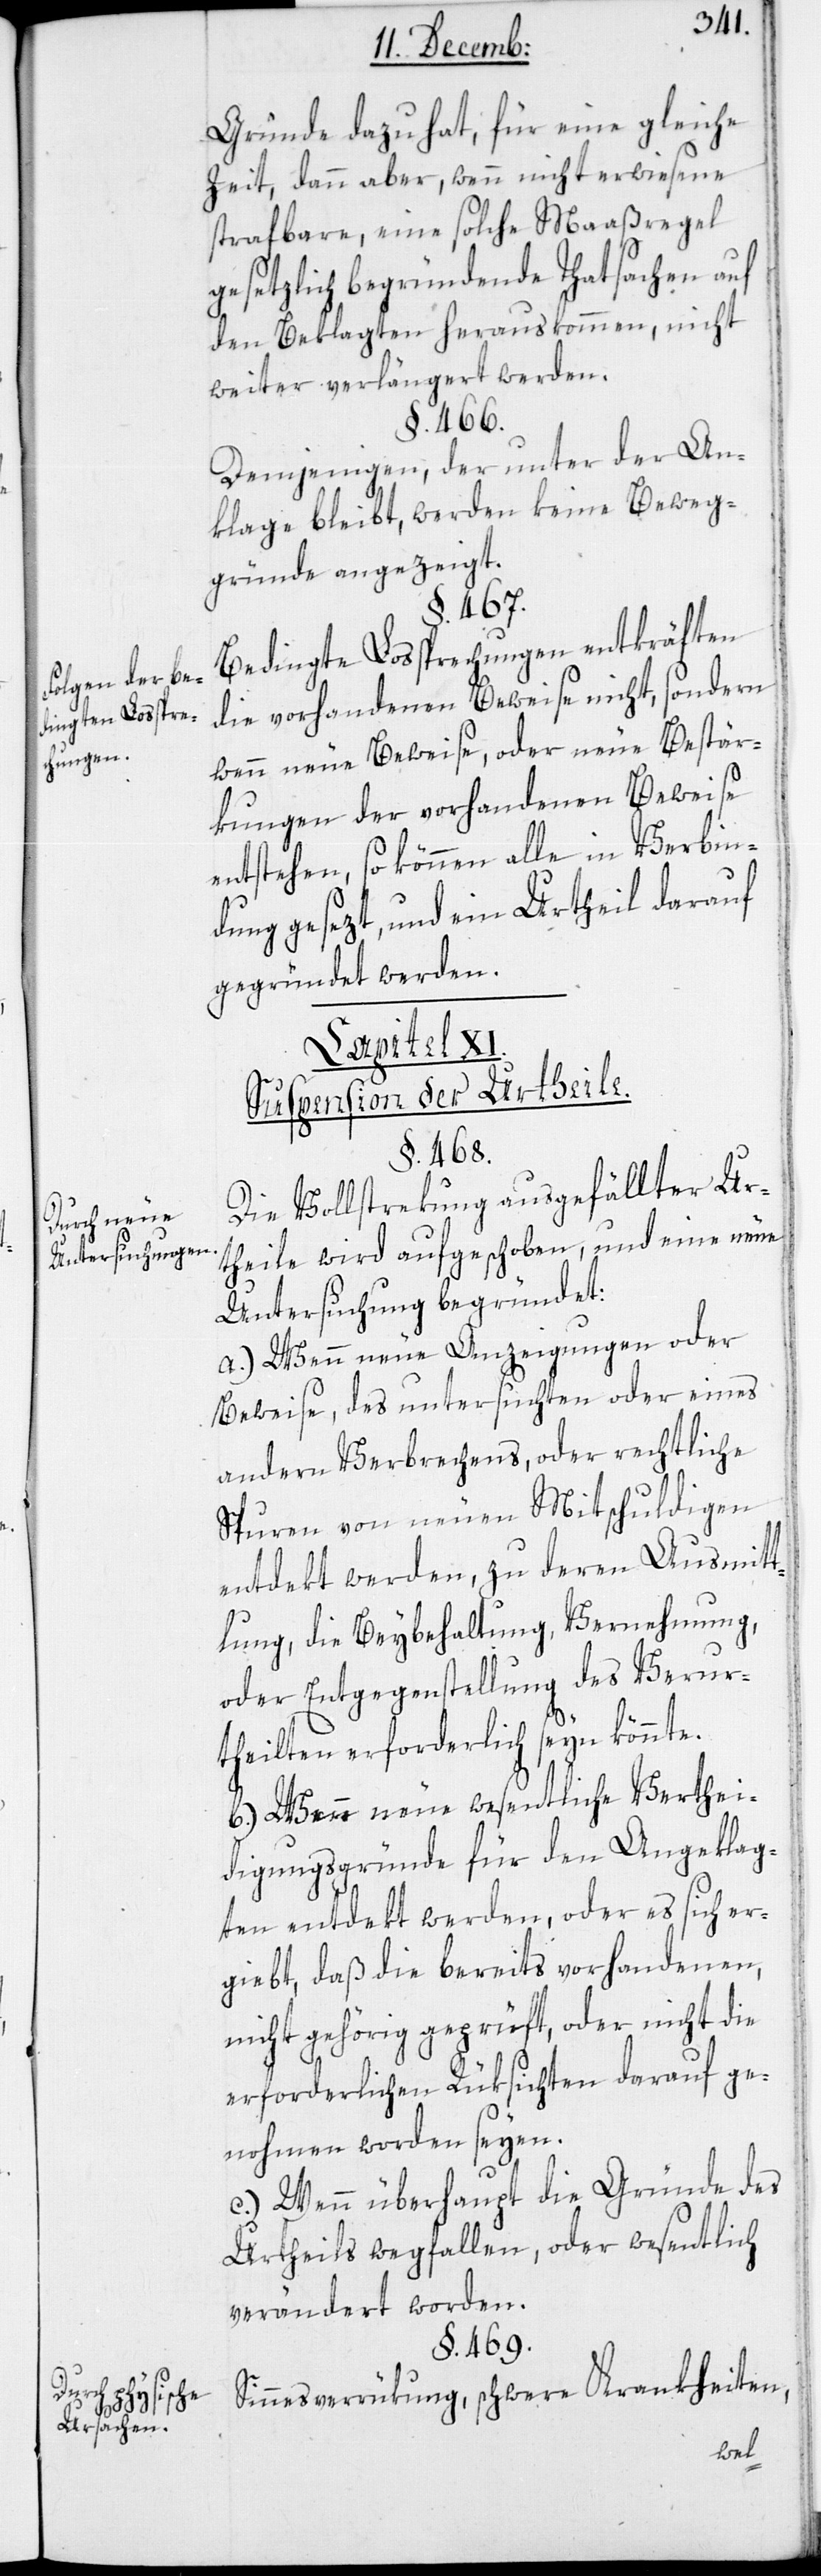
Folgen der be¬
dingten Losspre¬
chung.
Durch neue
Untersuchungen.
Durch physische
Ursachen.

Gründe dazu hat, für eine gleiche
Zeit, dann aber, wenn nicht erwiesene
strafbare, eine solche Maßregel
gesetzlich begründende Tatsachen auf
den Beklagten herauskommen, nicht
weiter verlängert werden.
§. 466.
Demjenigen, der unter der An¬
klage bleibt, werden keine Beweg¬
gründe angezeigt.
§. 467.
Bedingte Lossprechungen entkräften
die vorhandenen Beweise nicht, sondern
wenn neue Beweise oder neue Bestär¬
kungen der vorhandenen Beweise
entstehen, so können alle in Verbin¬
dung gesezt, und ein Urtheil darauf
gegründet werden.
Capitel XI.
Suspension der Urtheile.
§. 468.
Die Vollstrekung ausgefällter Ur¬
theile wird aufgeschoben, und eine neue
Untersuchung begründet:
a.) wenn neue Anzeigungen oder
Beweise des untersuchten oder eines
andern Verbrechens, oder rechtliche
Spuren von neuen Mitschuldigen
entdekt werden, zu deren Ausmit¬
tlung die Beybehaltung, Vernehmung
oder Entgegenstellung des Verur¬
theilten erforderlich seyn könnte.
b.) Wenn neue wesentliche Verthei¬
digungsgründe für den Angeklag¬
ten entdekt werden, oder es sich er¬
giebt, daß die bereits vorhandenen,
nicht gehörig geprüft, oder nicht die
erforderlichen Rüksichten darauf ge¬
nohmen worden seyen.
c.) Wenn überhaupt die Gründe des
Urtheils wegfallen, oder wesentlich
verändert worden.
§. 469.
Sinnesverrükung, schwere Krankheiten,